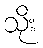
သိုး